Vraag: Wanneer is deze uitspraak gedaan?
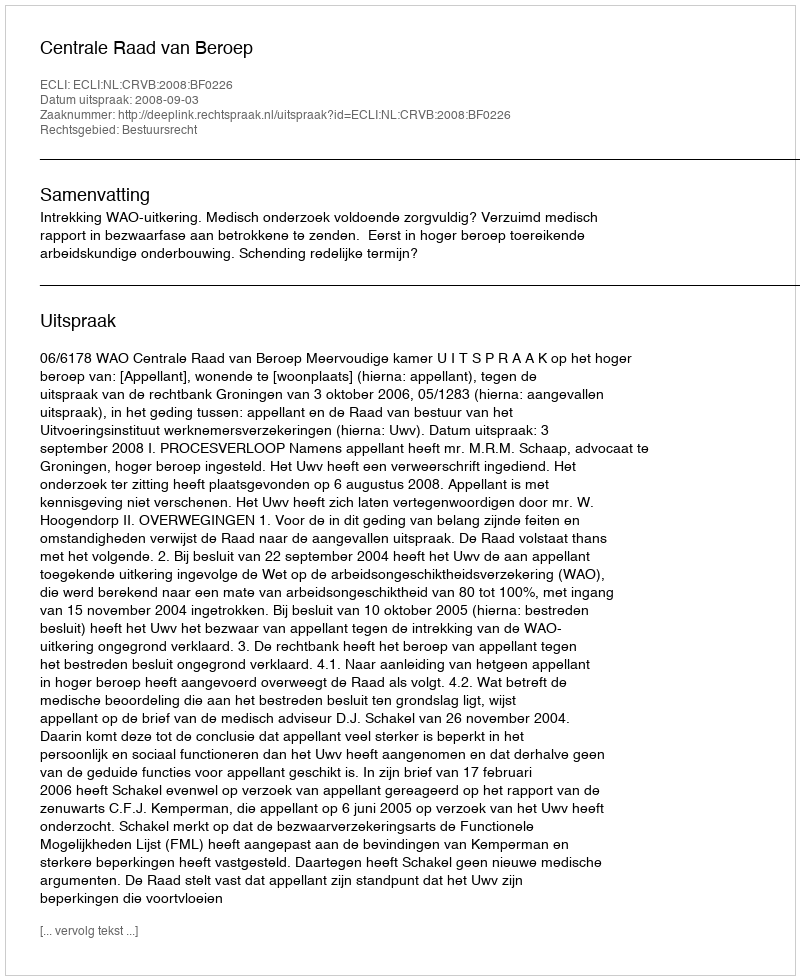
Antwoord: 2008-09-03